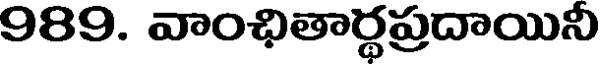
989. వాంఛితార్థప్రదాయినీ